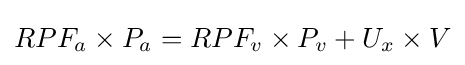
RPF_{a}\times P_{a}=RPF_{v}\times P_{v}+U_{x}\times V